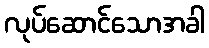
လုပ်ဆောင်သောအခါ